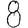
Digit: 8